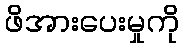
ဖိအားပေးမှုကို